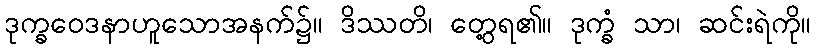
ဒုက္ခဝေဒနာဟူသောအနက်၌။ ဒိဿတိ၊ တွေ့ရ၏။ ဒုက္ခံ သာ၊ ဆင်းရဲကို။